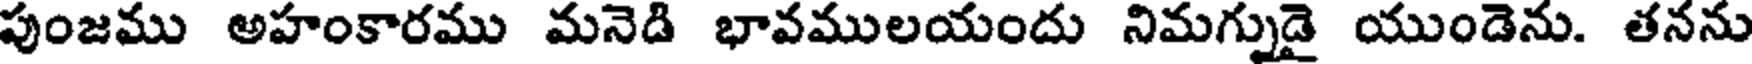
పుంజము అహంకారము మనెడి భావములయందు నిమగ్నుడై యుండెను. తనను